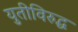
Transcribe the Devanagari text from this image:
युतीविरुद्ध